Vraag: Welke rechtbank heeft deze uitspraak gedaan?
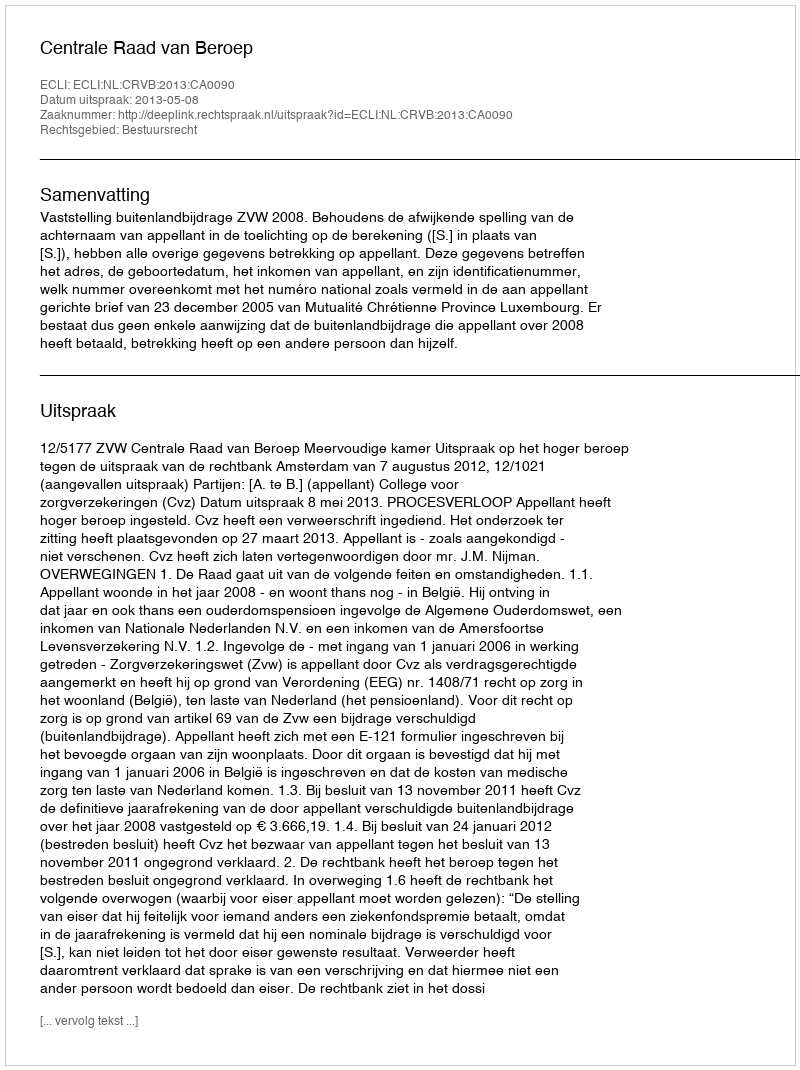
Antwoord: Centrale Raad van Beroep